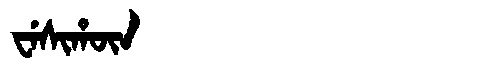
Manchu: ᠸᡝᠰᡳᡥᡡᠨ
Romanization: WESIHŪN